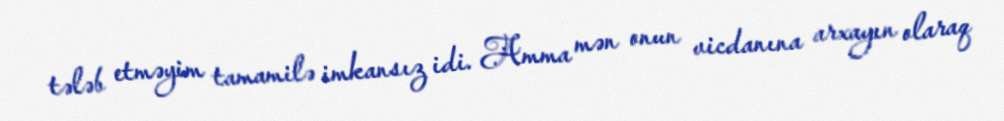
tələb etməyim tamamilə imkansız idi. Amma mən onun vicdanına arxayın olaraq